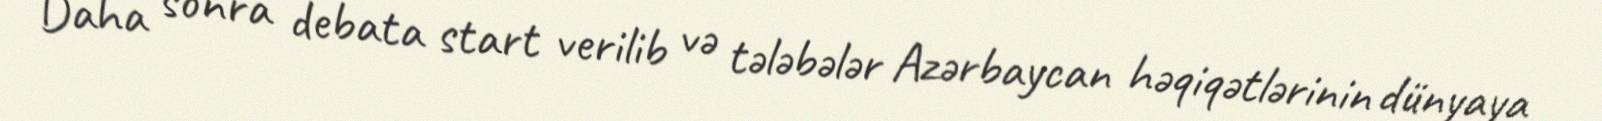
Daha sonra debata start verilib və tələbələr Azərbaycan həqiqətlərinin dünyaya